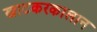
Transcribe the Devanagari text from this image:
खाटकरकालान